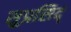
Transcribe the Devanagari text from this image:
सुप्रसिद्